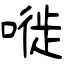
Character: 嘥